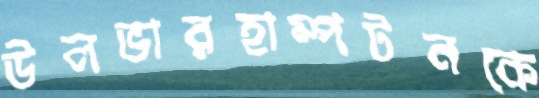
উলভারহাম্পটনকে